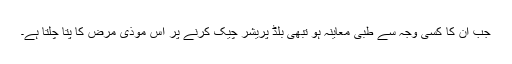
جب ان کا کسی وجہ سے طبی معاینہ ہو تبھی بلڈ پریشر چیک کرنے پر اس موذی مرض کا پتا چلتا ہے۔